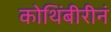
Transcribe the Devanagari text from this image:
कोथिंबीरीनं